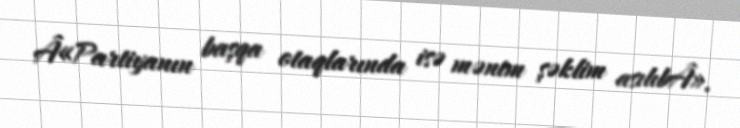
Â«Partiyanın başqa otaqlarında isə mənim şəklim asılıbÂ».